Annual report of the Punjab Veterinary College and of the Civil Veterinary Department, Punjab - 1926-1932
Year: 1926
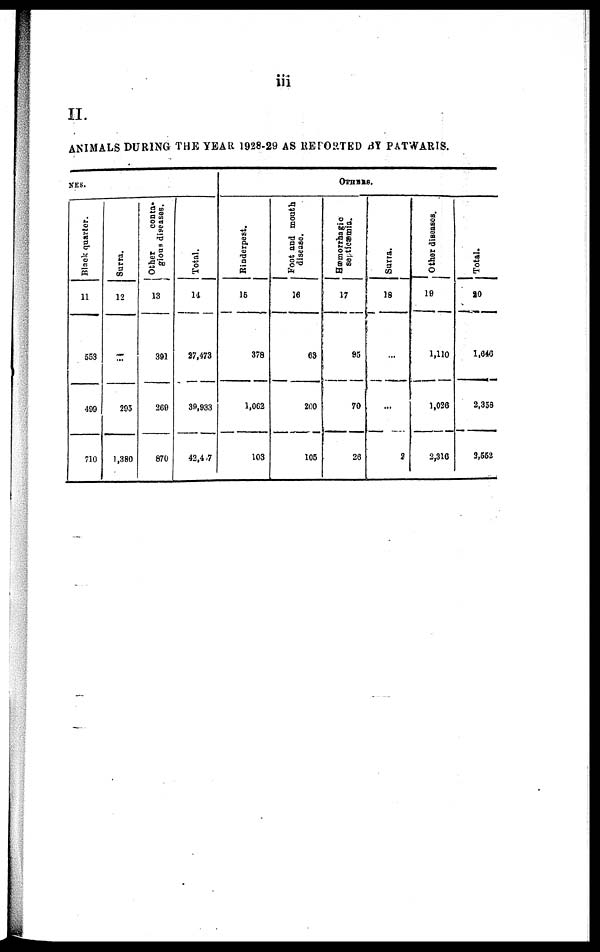
iii
II.
ANIMALS DURING THE YEAR 1928-29 AS REPORTED BY PATWARIS.
NES.
Black quarter.
11
553
499
710
Surra.
12
...
295
1,380
Other
conta-
gious diseases.
13
391
269
870
Total.
14
27,473
39,933
42,4 7
OTHERS.
Rinderpest.
16
378
1,062
103
Foot and mouth
disease.
16
83
200
105
Hæmorrhagic
septicæmia.
17
95
70
26
Surra.
18
…
…
2
Other diseases.
19
1,110
1,026
2,316
Total.
20
1,640
2,358
3,552